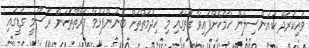
ވައިކަރަދޫ ކައުންސިލުން ހާމަކޮށްފައިވާ ގޮތުގައި މި ހިދުމަތްތަށް ބޭނުންފުޅުވާ ފަރާތްތަކުން ރަސްމީ ގަޑީގައި